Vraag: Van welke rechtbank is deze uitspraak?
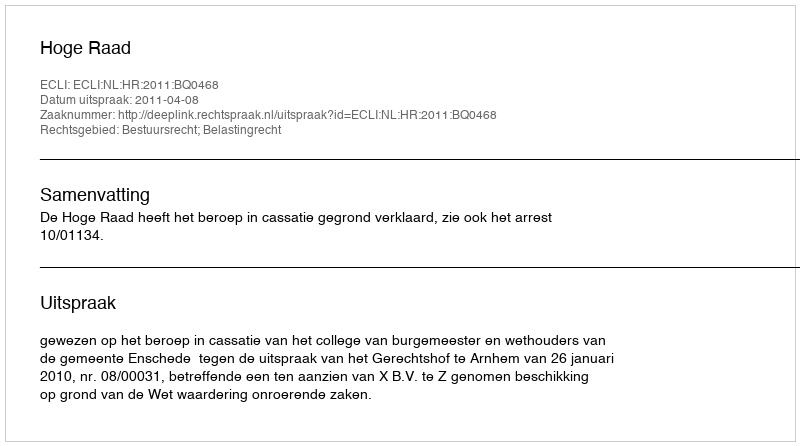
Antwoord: Hoge Raad